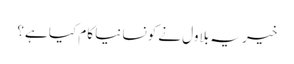
خیر یہ بلاول نے کونسا نیا کام کیا ہے؟